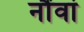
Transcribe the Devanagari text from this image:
नौंवां